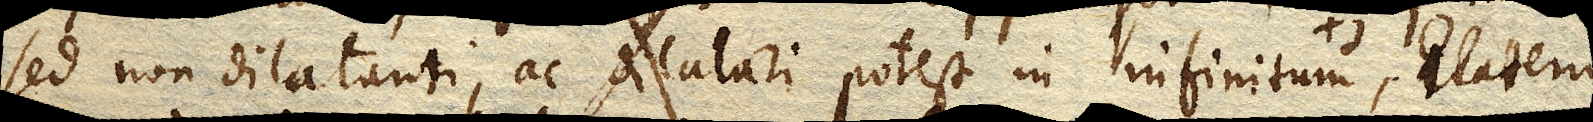
sed non dilatanti, ac dilatari potest in infinitum Elaterio